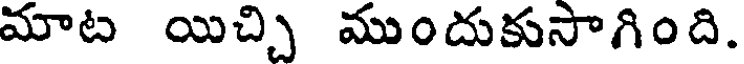
మాట యిచ్చి ముందుకుసాగింది.